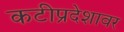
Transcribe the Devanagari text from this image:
कटीप्रदेशावर